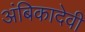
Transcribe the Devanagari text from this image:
अंबिकादेवी